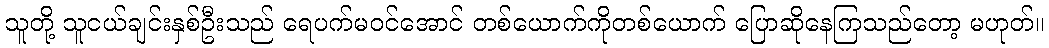
သူတို့ သူငယ်ချင်းနှစ်ဦးသည် ရေပက်မဝင်အောင် တစ်ယောက်ကိုတစ်ယောက် ပြောဆိုနေကြသည်တော့ မဟုတ်။